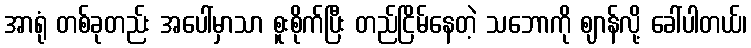
အာရုံ တစ်ခုတည်း အပေါ်မှာသာ စူးစိုက်ပြီး တည်ငြိမ်နေတဲ့ သဘောကို ဈာန်လို့ ခေါ်ပါတယ်၊